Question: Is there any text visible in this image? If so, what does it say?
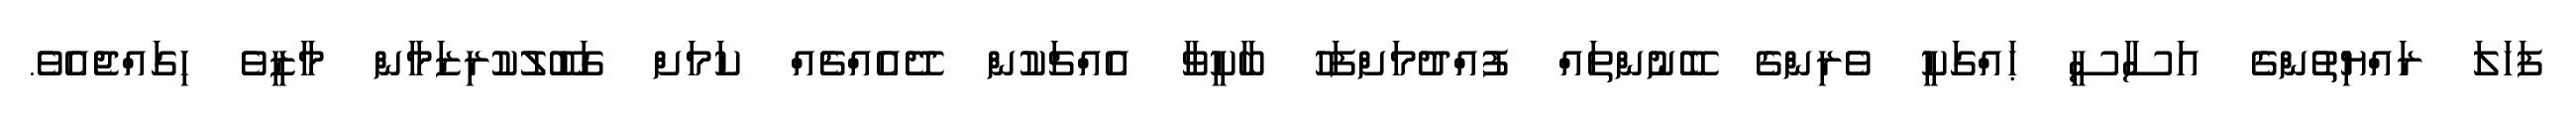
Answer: ފަހަލަ ރައްޔިތުންގެ އަސާސީ ޙައްގަކީ ވެރިންގެ ބޭނުންތައް ފުއްދުމަށްފަހު ބާކީވާ އެއްޗަކުން ދޭއެއްޗެއް ކަމަށް ގަބޫލުކުރިޒަމާން މާޒީވެ ހިގައްޖެއެވެ.